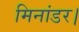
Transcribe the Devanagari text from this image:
मिनांडर।